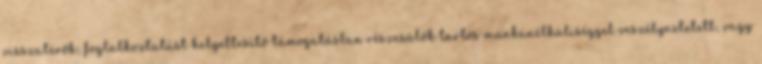
visszatérők; foglalkoztatást helyettesítő támogatásban részesülők tartós munkanélküliséggel veszélyeztetett, vagy